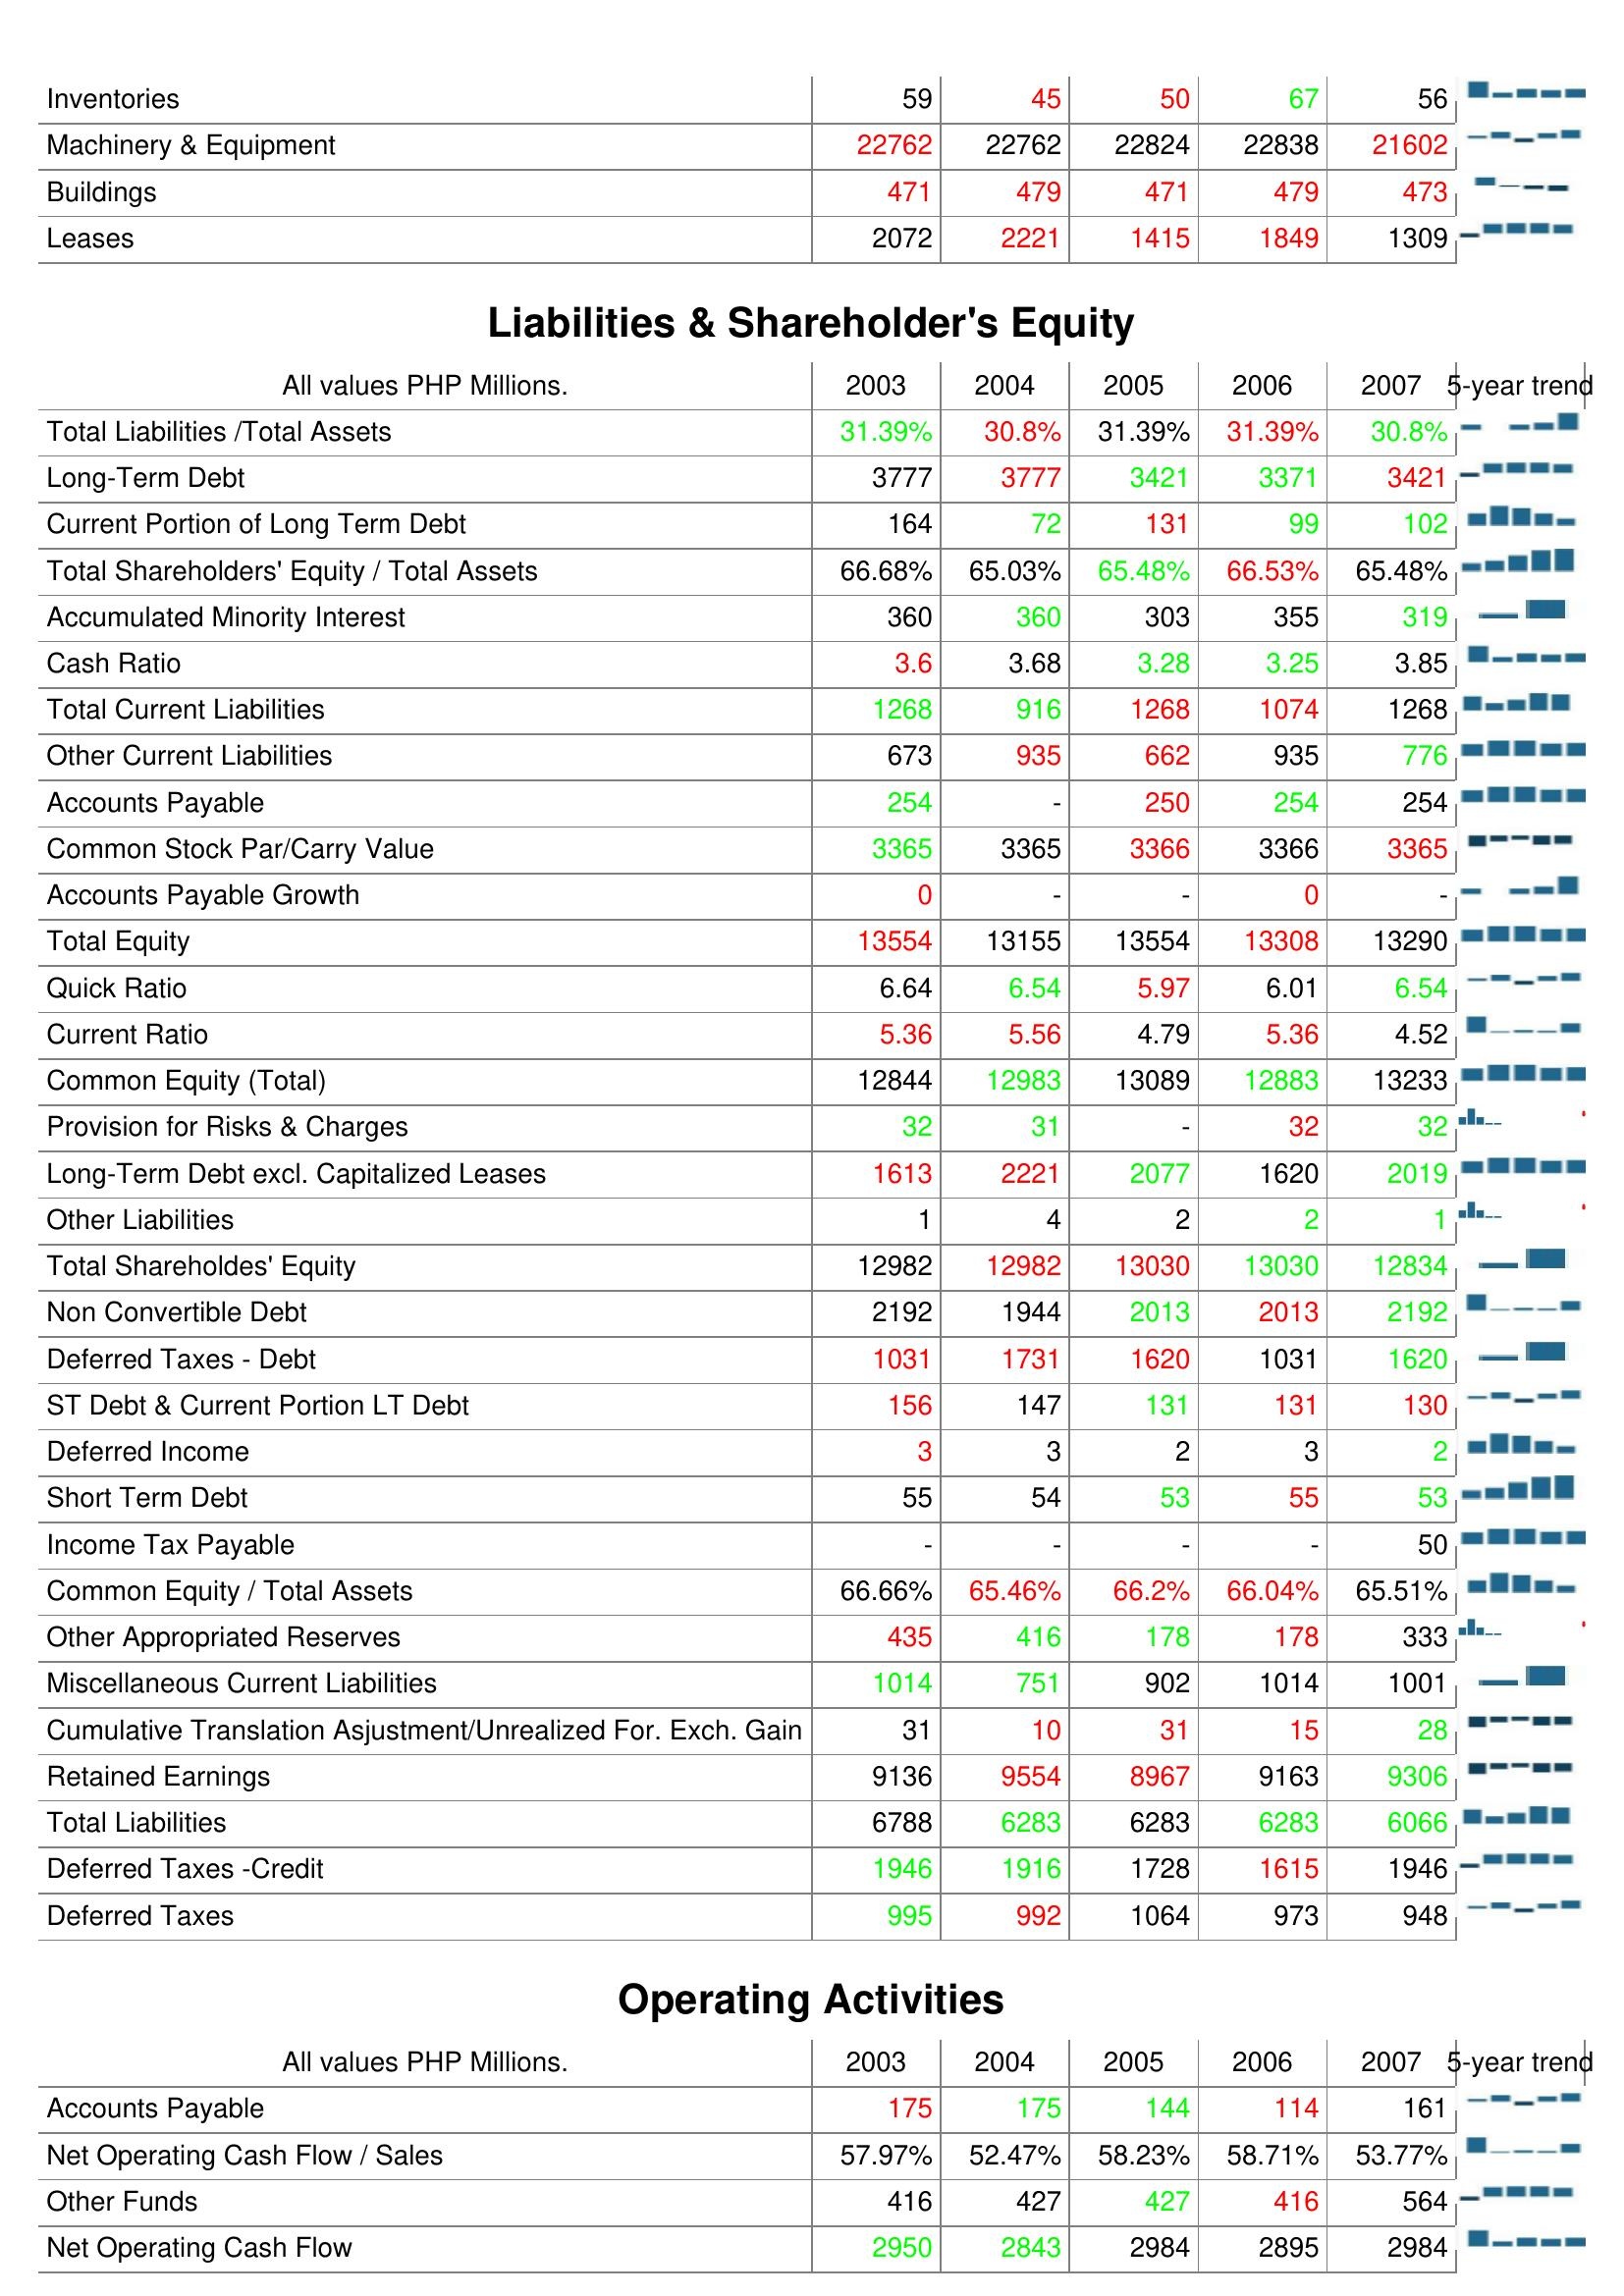
2003: Assets: Inventories: 59
Machinery & Equipment: 22762
Buildings: 471
Leases: 2072
Liabilities & Shareholder's Equity: Total Liabilities /Total Assets: 31.39%
Long-Term Debt: 3777
Current Portion of Long Term Debt: 164
Total Shareholders' Equity / Total Assets: 66.68%
Accumulated Minority Interest: 360
Cash Ratio: 3.6
Total Current Liabilities: 1268
Other Current Liabilities: 673
Accounts Payable: 254
Common Stock Par/Carry Value: 3365
Accounts Payable Growth: 0
Total Equity: 13554
Quick Ratio: 6.64
Current Ratio: 5.36
Common Equity (Total): 12844
Provision for Risks & Charges: 32
Long-Term Debt excl. Capitalized Leases: 1613
Other Liabilities: 1
Total Shareholdes' Equity: 12982
Non Convertible Debt: 2192
Deferred Taxes - Debt: 1031
ST Debt & Current Portion LT Debt: 156
Deferred Income: 3
Short Term Debt: 55
Income Tax Payable: -
Common Equity / Total Assets: 66.66%
Other Appropriated Reserves: 435
Miscellaneous Current Liabilities: 1014
Cumulative Translation Asjustment/Unrealized For. Exch. Gain: 31
Retained Earnings: 9136
Total Liabilities: 6788
Deferred Taxes -Credit: 1946
Deferred Taxes: 995
Operating Activities: Accounts Payable: 175
Net Operating Cash Flow / Sales: 57.97%
Other Funds: 416
Net Operating Cash Flow: 2950
2004: Assets: Inventories: 45
Machinery & Equipment: 22762
Buildings: 479
Leases: 2221
Liabilities & Shareholder's Equity: Total Liabilities /Total Assets: 30.8%
Long-Term Debt: 3777
Current Portion of Long Term Debt: 72
Total Shareholders' Equity / Total Assets: 65.03%
Accumulated Minority Interest: 360
Cash Ratio: 3.68
Total Current Liabilities: 916
Other Current Liabilities: 935
Accounts Payable: -
Common Stock Par/Carry Value: 3365
Accounts Payable Growth: -
Total Equity: 13155
Quick Ratio: 6.54
Current Ratio: 5.56
Common Equity (Total): 12983
Provision for Risks & Charges: 31
Long-Term Debt excl. Capitalized Leases: 2221
Other Liabilities: 4
Total Shareholdes' Equity: 12982
Non Convertible Debt: 1944
Deferred Taxes - Debt: 1731
ST Debt & Current Portion LT Debt: 147
Deferred Income: 3
Short Term Debt: 54
Income Tax Payable: -
Common Equity / Total Assets: 65.46%
Other Appropriated Reserves: 416
Miscellaneous Current Liabilities: 751
Cumulative Translation Asjustment/Unrealized For. Exch. Gain: 10
Retained Earnings: 9554
Total Liabilities: 6283
Deferred Taxes -Credit: 1916
Deferred Taxes: 992
Operating Activities: Accounts Payable: 175
Net Operating Cash Flow / Sales: 52.47%
Other Funds: 427
Net Operating Cash Flow: 2843
2005: Assets: Inventories: 50
Machinery & Equipment: 22824
Buildings: 471
Leases: 1415
Liabilities & Shareholder's Equity: Total Liabilities /Total Assets: 31.39%
Long-Term Debt: 3421
Current Portion of Long Term Debt: 131
Total Shareholders' Equity / Total Assets: 65.48%
Accumulated Minority Interest: 303
Cash Ratio: 3.28
Total Current Liabilities: 1268
Other Current Liabilities: 662
Accounts Payable: 250
Common Stock Par/Carry Value: 3366
Accounts Payable Growth: -
Total Equity: 13554
Quick Ratio: 5.97
Current Ratio: 4.79
Common Equity (Total): 13089
Provision for Risks & Charges: -
Long-Term Debt excl. Capitalized Leases: 2077
Other Liabilities: 2
Total Shareholdes' Equity: 13030
Non Convertible Debt: 2013
Deferred Taxes - Debt: 1620
ST Debt & Current Portion LT Debt: 131
Deferred Income: 2
Short Term Debt: 53
Income Tax Payable: -
Common Equity / Total Assets: 66.2%
Other Appropriated Reserves: 178
Miscellaneous Current Liabilities: 902
Cumulative Translation Asjustment/Unrealized For. Exch. Gain: 31
Retained Earnings: 8967
Total Liabilities: 6283
Deferred Taxes -Credit: 1728
Deferred Taxes: 1064
Operating Activities: Accounts Payable: 144
Net Operating Cash Flow / Sales: 58.23%
Other Funds: 427
Net Operating Cash Flow: 2984
2006: Assets: Inventories: 67
Machinery & Equipment: 22838
Buildings: 479
Leases: 1849
Liabilities & Shareholder's Equity: Total Liabilities /Total Assets: 31.39%
Long-Term Debt: 3371
Current Portion of Long Term Debt: 99
Total Shareholders' Equity / Total Assets: 66.53%
Accumulated Minority Interest: 355
Cash Ratio: 3.25
Total Current Liabilities: 1074
Other Current Liabilities: 935
Accounts Payable: 254
Common Stock Par/Carry Value: 3366
Accounts Payable Growth: 0
Total Equity: 13308
Quick Ratio: 6.01
Current Ratio: 5.36
Common Equity (Total): 12883
Provision for Risks & Charges: 32
Long-Term Debt excl. Capitalized Leases: 1620
Other Liabilities: 2
Total Shareholdes' Equity: 13030
Non Convertible Debt: 2013
Deferred Taxes - Debt: 1031
ST Debt & Current Portion LT Debt: 131
Deferred Income: 3
Short Term Debt: 55
Income Tax Payable: -
Common Equity / Total Assets: 66.04%
Other Appropriated Reserves: 178
Miscellaneous Current Liabilities: 1014
Cumulative Translation Asjustment/Unrealized For. Exch. Gain: 15
Retained Earnings: 9163
Total Liabilities: 6283
Deferred Taxes -Credit: 1615
Deferred Taxes: 973
Operating Activities: Accounts Payable: 114
Net Operating Cash Flow / Sales: 58.71%
Other Funds: 416
Net Operating Cash Flow: 2895
2007: Assets: Inventories: 56
Machinery & Equipment: 21602
Buildings: 473
Leases: 1309
Liabilities & Shareholder's Equity: Total Liabilities /Total Assets: 30.8%
Long-Term Debt: 3421
Current Portion of Long Term Debt: 102
Total Shareholders' Equity / Total Assets: 65.48%
Accumulated Minority Interest: 319
Cash Ratio: 3.85
Total Current Liabilities: 1268
Other Current Liabilities: 776
Accounts Payable: 254
Common Stock Par/Carry Value: 3365
Accounts Payable Growth: -
Total Equity: 13290
Quick Ratio: 6.54
Current Ratio: 4.52
Common Equity (Total): 13233
Provision for Risks & Charges: 32
Long-Term Debt excl. Capitalized Leases: 2019
Other Liabilities: 1
Total Shareholdes' Equity: 12834
Non Convertible Debt: 2192
Deferred Taxes - Debt: 1620
ST Debt & Current Portion LT Debt: 130
Deferred Income: 2
Short Term Debt: 53
Income Tax Payable: 50
Common Equity / Total Assets: 65.51%
Other Appropriated Reserves: 333
Miscellaneous Current Liabilities: 1001
Cumulative Translation Asjustment/Unrealized For. Exch. Gain: 28
Retained Earnings: 9306
Total Liabilities: 6066
Deferred Taxes -Credit: 1946
Deferred Taxes: 948
Operating Activities: Accounts Payable: 161
Net Operating Cash Flow / Sales: 53.77%
Other Funds: 564
Net Operating Cash Flow: 2984